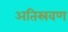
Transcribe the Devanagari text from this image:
अतिस्रवण